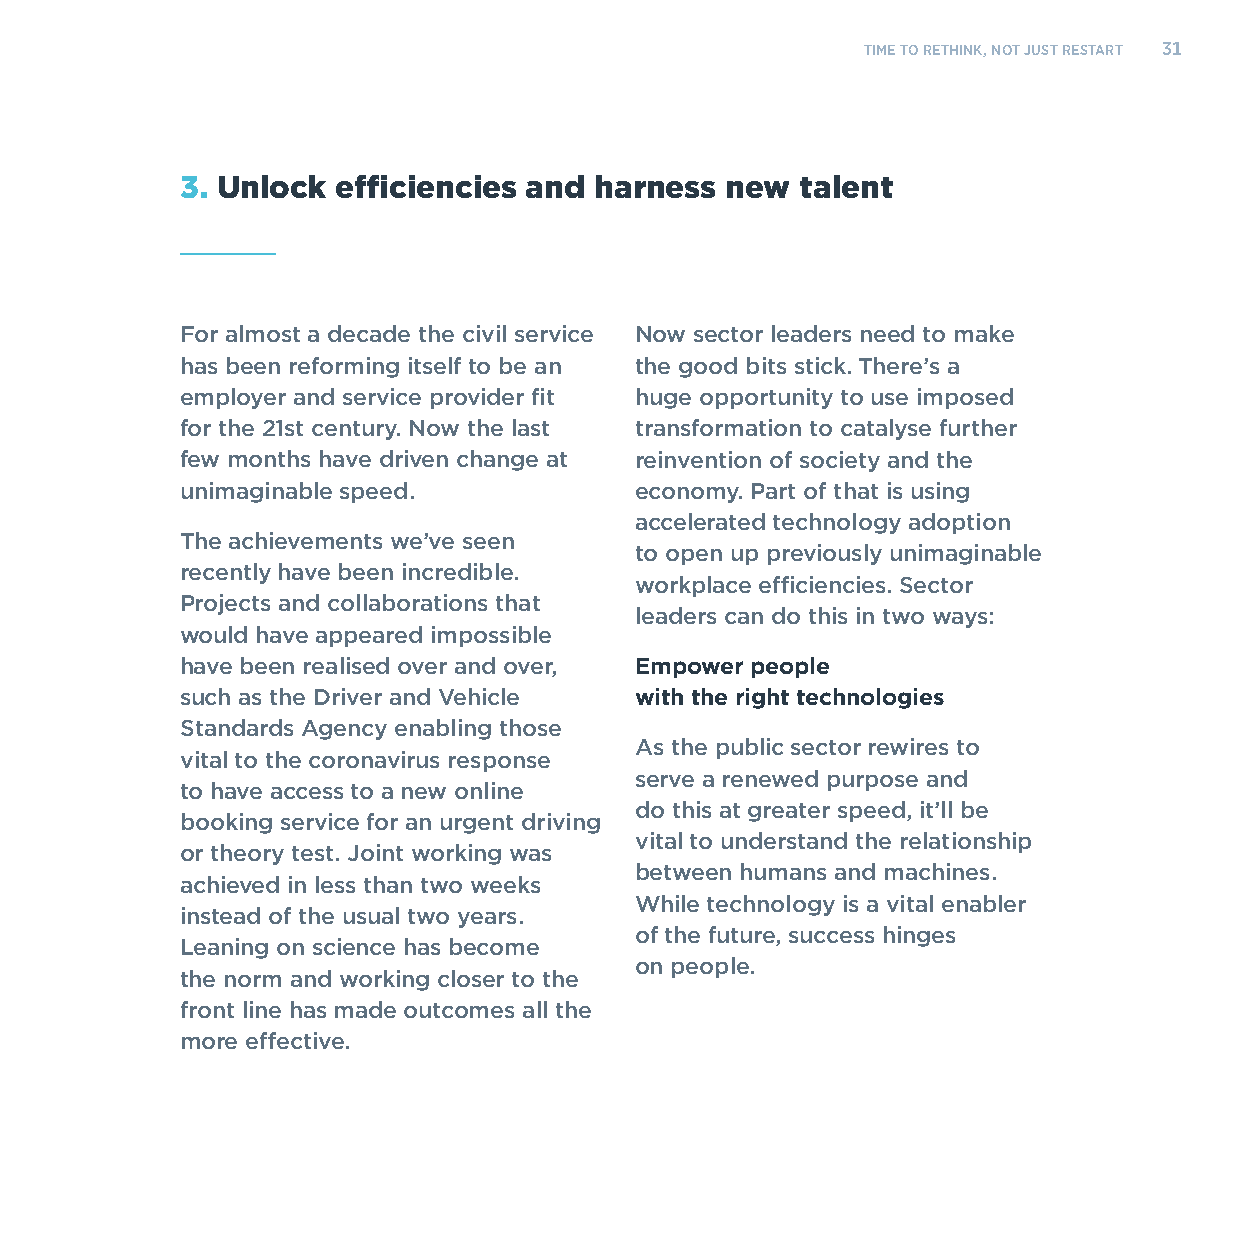
TIME TO RETHINK, NOT JUST RESTART 31
 3. Unlock efficiencies and harness  new  talent
 For almost a decade the civil service Now sector leaders need to make
 has been reforming itself to be an the good bits stick. There’s a
 employer and service provider fit huge opportunity to use imposed
 for the 21st century. Now the last transformation to catalyse further
 few months have driven change at reinvention of society and the
 unimaginable speed.           economy. Part of that is using
 accelerated technology adoption
 The achievements we’ve seen
 to open up previously unimaginable
 recently have been incredible.
 workplace efficiencies. Sector
 Projects and collaborations that
 leaders can do this in two ways:
 would have appeared impossible
 have been realised over and over, Empower people
 such as the Driver and Vehicle with the right technologies
 Standards Agency enabling those
 As the public sector rewires to
 vital to the coronavirus response
 serve a renewed purpose and
 to have access to a new online
 do this at greater speed, it’ll be
 booking service for an urgent driving
 vital to understand the relationship
 or theory test. Joint working was
 between humans and machines.
 achieved in less than two weeks
 While technology is a vital enabler
 instead of the usual two years.
 of the future, success hinges
 Leaning on science has become
 on people.
 the norm and working closer to the
 front line has made outcomes all the
 more effective.